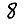
Digit: 8